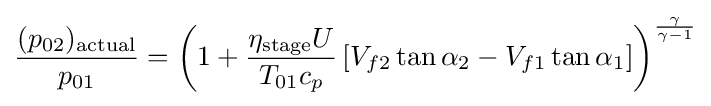
{\frac {(p_{02})_{\text{actual}}}{p_{01}}}=\left(1+{\frac {\eta _{\text{stage}}U}{T_{01}c_{p}}}\left[V_{f2}\tan \alpha _{2}-V_{f1}\tan \alpha _{1}\right]\right)^{\frac {\gamma }{\gamma -1}}